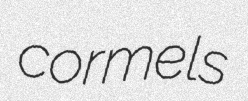
cormels